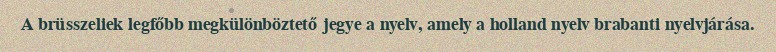
A brüsszeliek legfőbb megkülönböztető jegye a nyelv, amely a holland nyelv brabanti nyelvjárása.